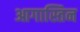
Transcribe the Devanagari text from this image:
आगास्तिन